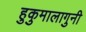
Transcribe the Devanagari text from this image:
हुकुमालागुनी